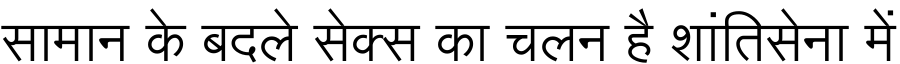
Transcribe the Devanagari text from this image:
सामान के बदले सेक्स का चलन है शांतिसेना में